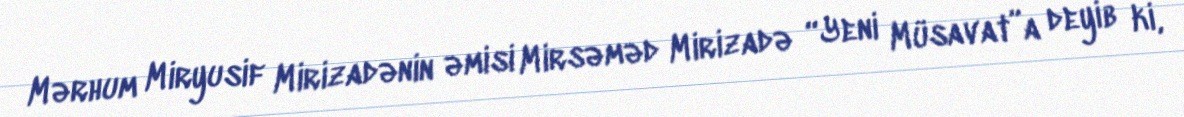
Mərhum Miryusif Mirizadənin əmisi Mirsəməd Mirizadə “Yeni Müsavat”a deyib ki,